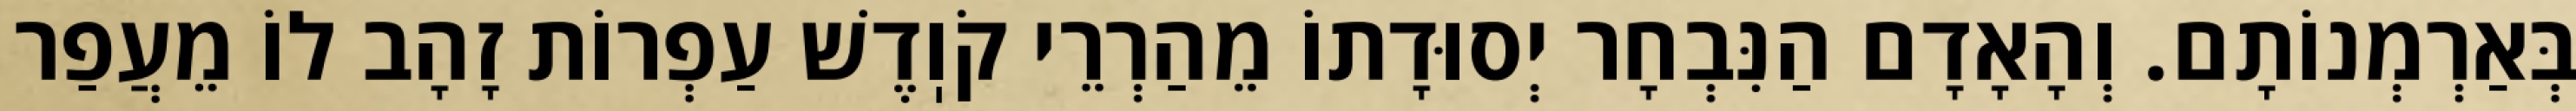
בְּאַרְמְנוֹתָם. וְהָאָדָם הַנִּבְחָר יְסוּדָתוֹ מֵהַרְרֵי קֹוֽדֶשׁ עַפְרוֹת זָהָב לוֹ מֵעֲפַר